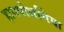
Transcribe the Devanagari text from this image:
हायपोथर्मिया